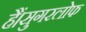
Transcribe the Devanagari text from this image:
हैं।सुगरलोफ